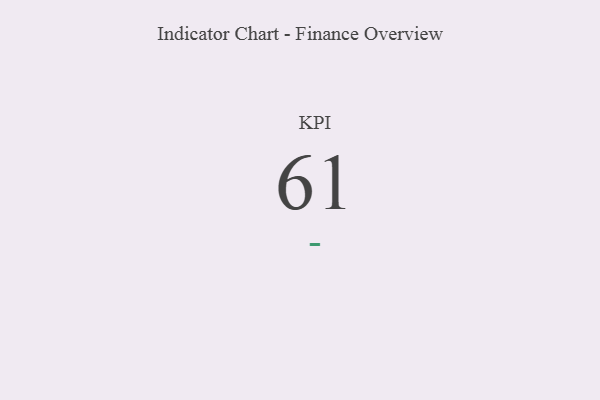
{"axis": {"x": "KPI", "y": "Value"}, "legend": [""], "data": [{"x": "KPI", "y": 61, "type": ""}]}